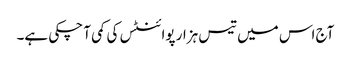
آج اس میں تیس ہزار پوائنٹس کی کمی آ چکی ہے۔